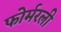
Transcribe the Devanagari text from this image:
फोर्मरली